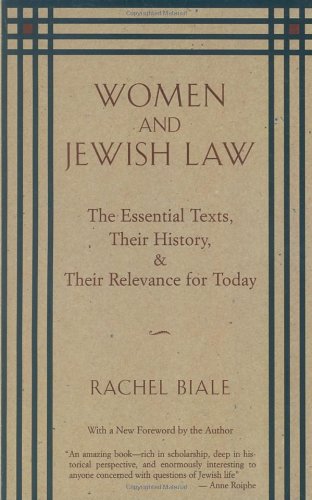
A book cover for Women and Jewish Law: The Essential Texts, Their History, and Their Relevance for Today; Rachel Biale; Religion & Spirituality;